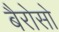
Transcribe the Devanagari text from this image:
बैरोसो